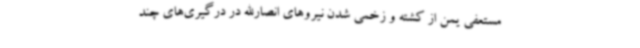
مستعفی یمن از کشته و زخمی شدن نیروهای انصارالله در درگیری‌های چند